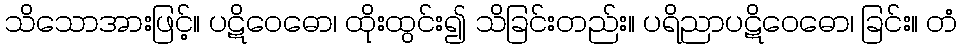
သိသောအားဖြင့်။ ပဋိဝေဓော၊ ထိုးထွင်း၍ သိခြင်းတည်း။ ပရိညာပဋိဝေဓော၊ ခြင်း။ တံ